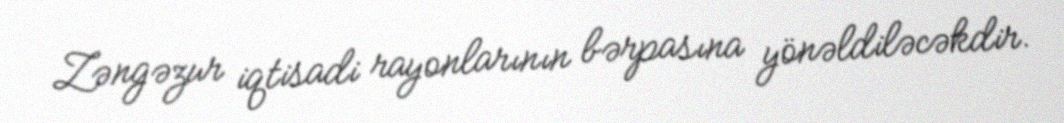
Zəngəzur iqtisadi rayonlarının bərpasına yönəldiləcəkdir.